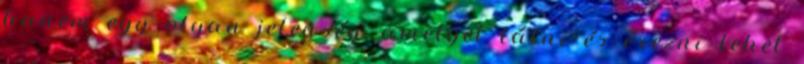
hanem egy olyan jelenség, amelyet látni és érezni lehet